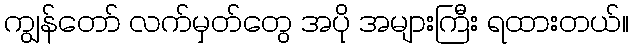
ကျွန်တော် လက်မှတ်တွေ အပို အများကြီး ရထားတယ်။